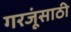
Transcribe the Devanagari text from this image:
गरजूंसाठी